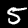
Label: 5